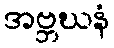
အဗ္ဘဃနံ